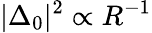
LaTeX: |\Delta_{0}|^{2}\propto R^{-1}